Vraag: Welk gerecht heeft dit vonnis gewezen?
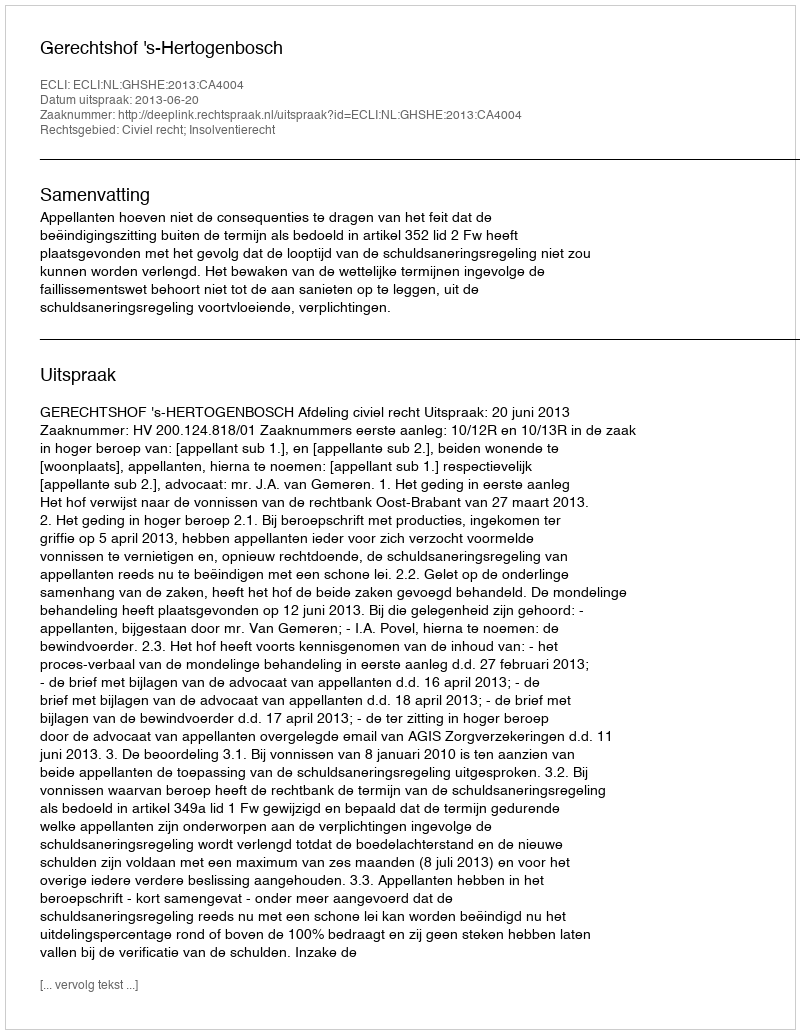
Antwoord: Gerechtshof 's-Hertogenbosch